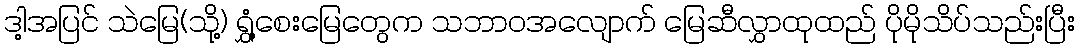
ဒါ့အပြင် သဲမြေ(သို့) ရွှံ့စေးမြေတွေက သဘာဝအလျောက် မြေဆီလွှာထုထည် ပိုမိုသိပ်သည်းပြီး